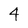
Character: 4